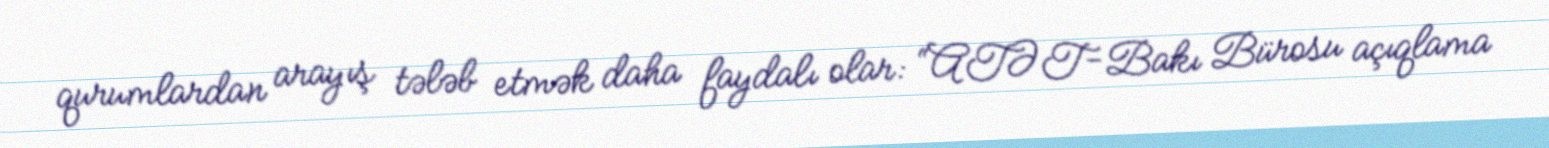
qurumlardan arayış tələb etmək daha faydalı olar: “ATƏT-Bakı Bürosu açıqlama